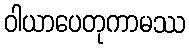
ဝါယာပေတုကာမဿ